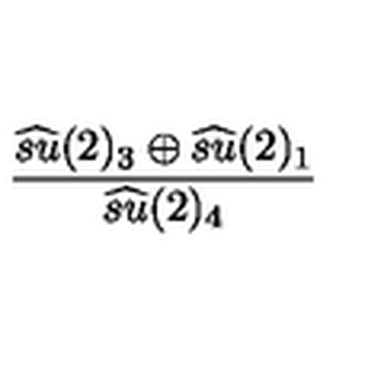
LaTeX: \frac { \widehat { s u } ( 2 ) _ { 3 } \oplus \widehat { s u } ( 2 ) _ { 1 } } { \widehat { s u } ( 2 ) _ { 4 } }